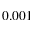
0 . 0 0 1